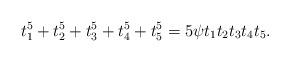
LaTeX: \begin{align*} t_1^5+t_2^5+t_3^5+t_4^5+t_5^5=5\psi t_1t_2t_3t_4t_5.\end{align*}